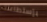
بإستطاعتك